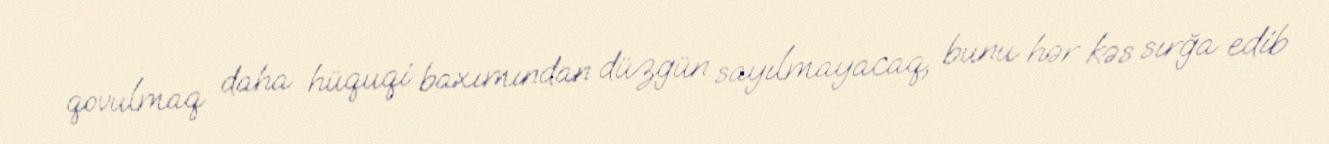
qovulmaq daha hüquqi baxımından düzgün sayılmayacaq, bunu hər kəs sırğa edib